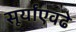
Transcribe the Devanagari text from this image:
सूर्यांएवढे